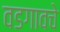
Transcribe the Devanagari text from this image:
वडगावचे